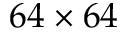
6 4 \times 6 4